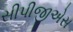
સીપીજીએસ